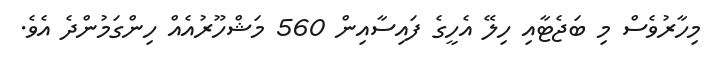
މިހާރުވެސް މި ބަޖެޓާއި ހިލޭ އެހީގެ ފައިސާއިން 560 މަޝްހޫރުއެއް ހިންގަމުންދެ އެވެ.